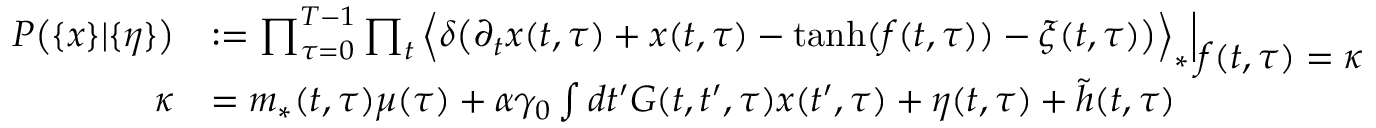
\begin{array} { r l } { P \big ( \{ x \} | \{ \eta \} \big ) } & { : = \prod _ { \tau = 0 } ^ { T - 1 } \prod _ { t } \Big \langle \delta \big ( \partial _ { t } x ( t , \tau ) + x ( t , \tau ) - \mathrm { t a n h } ( f ( t , \tau ) ) - \xi ( t , \tau ) \big ) \Big \rangle _ { * } \Big | _ { \displaystyle f ( t , \tau ) = \kappa } } \\ { \kappa } & { = m _ { * } ( t , \tau ) \mu ( \tau ) + \alpha \gamma _ { 0 } \int d t ^ { \prime } G ( t , t ^ { \prime } , \tau ) x ( t ^ { \prime } , \tau ) + \eta ( t , \tau ) + \tilde { h } ( t , \tau ) } \end{array}